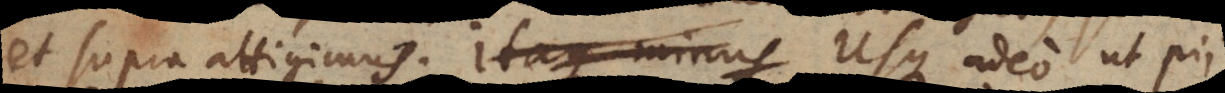
et supra attigimus. Itaque minus Usque adeo ut pii